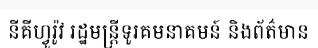
នីគីហ្វូរ៉ូវ រដ្ឋមន្ត្រីទូរគមនាគមន៍ និងព័ត៌មាន